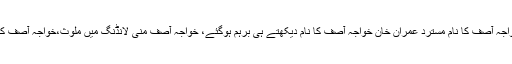
پی اے سی کی چیئرمین شپ کیلئے خواجہ آصف کا نام مسترد عمران خان خواجہ آصف کا نام دیکھتے ہی برہم ہوگئے، خواجہ آصف منی لانڈنگ میں ملوث،خواجہ آصف کے نام پرمشاورت بھی کیوں کی گئی؟